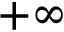
+ \infty